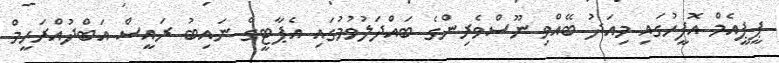
ޕީޕީއެމް އޮފީހުގައި މިއަދު ބޭއްވި ނޫސްވެރިންގެ ބައްދަލުވުމުގައި އެޕާޓީގެ ނައިބު ރައީސް އަބްދުއްރަހީމް